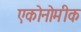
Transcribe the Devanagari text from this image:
एकोनोमीक